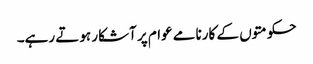
حکومتوں کے کارنامے عوام پر آشکار ہوتے رہے۔